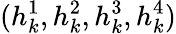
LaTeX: (h_{k}^{1},h_{k}^{2},h_{k}^{3},h_{k}^{4})